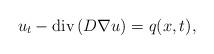
LaTeX: \begin{align*}u_t - \operatorname{div}\left(D\nabla u\right)=q (x, t),\end{align*}